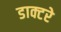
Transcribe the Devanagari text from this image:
डाक्टरे